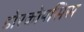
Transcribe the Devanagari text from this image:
डोरकोपसिस